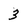
Character: 3